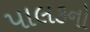
પાલકનો